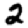
Digit: 2